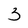
Character: 3